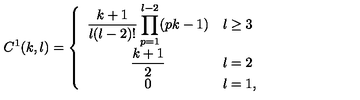
C ^ { 1 } ( k , l ) = \left\{ \begin{array} { c l } { { \displaystyle \frac { k + 1 } { l ( l - 2 ) ! } \prod _ { p = 1 } ^ { l - 2 } ( p k - 1 ) } } & { l \geq 3 \vspace * { 0 . 2 c m } } \\ { { \displaystyle \frac { k + 1 } { 2 } } } & { l = 2 \vspace * { 0 . 2 c m } } \\ { { \displaystyle 0 } } & { l = 1 , } \\ \end{array} \right.